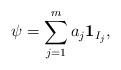
LaTeX: \begin{align*}\psi=\sum_{j=1}^m a_j\mathbf{1}_{I_j},\end{align*}